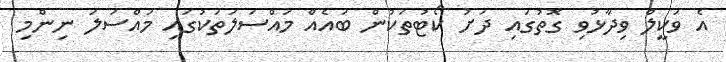
އެ ވަކީލް ވިދާޅުވި ގޮތުގައި ދަށު ކޯޓުތަކުން ބައެއް މައްސަލަތަކުގައި މައްސަލަ ނިންމި